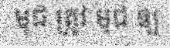
មុជ ត្រូវ មុជ ឲ្យ